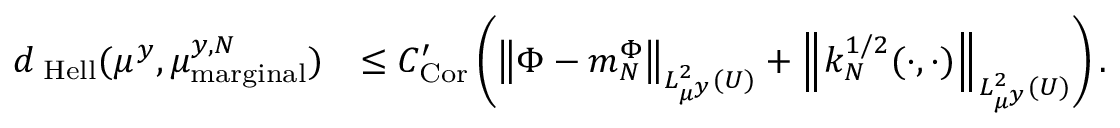
\begin{array} { r l } { d _ { \mathrm { \tiny \mathrm { ~ H e l l } } } ( \mu ^ { y } , \mu _ { \mathrm { m a r g i n a l } } ^ { y , N } ) } & { \leq C _ { \mathrm { C o r } } ^ { \prime } \left( \left\| \Phi - m _ { N } ^ { \Phi } \right\| _ { L _ { \mu ^ { y } } ^ { 2 } ( U ) } + \left\| k _ { N } ^ { 1 / 2 } ( \cdot , \cdot ) \right\| _ { L _ { \mu ^ { y } } ^ { 2 } ( U ) } \right) . } \end{array}